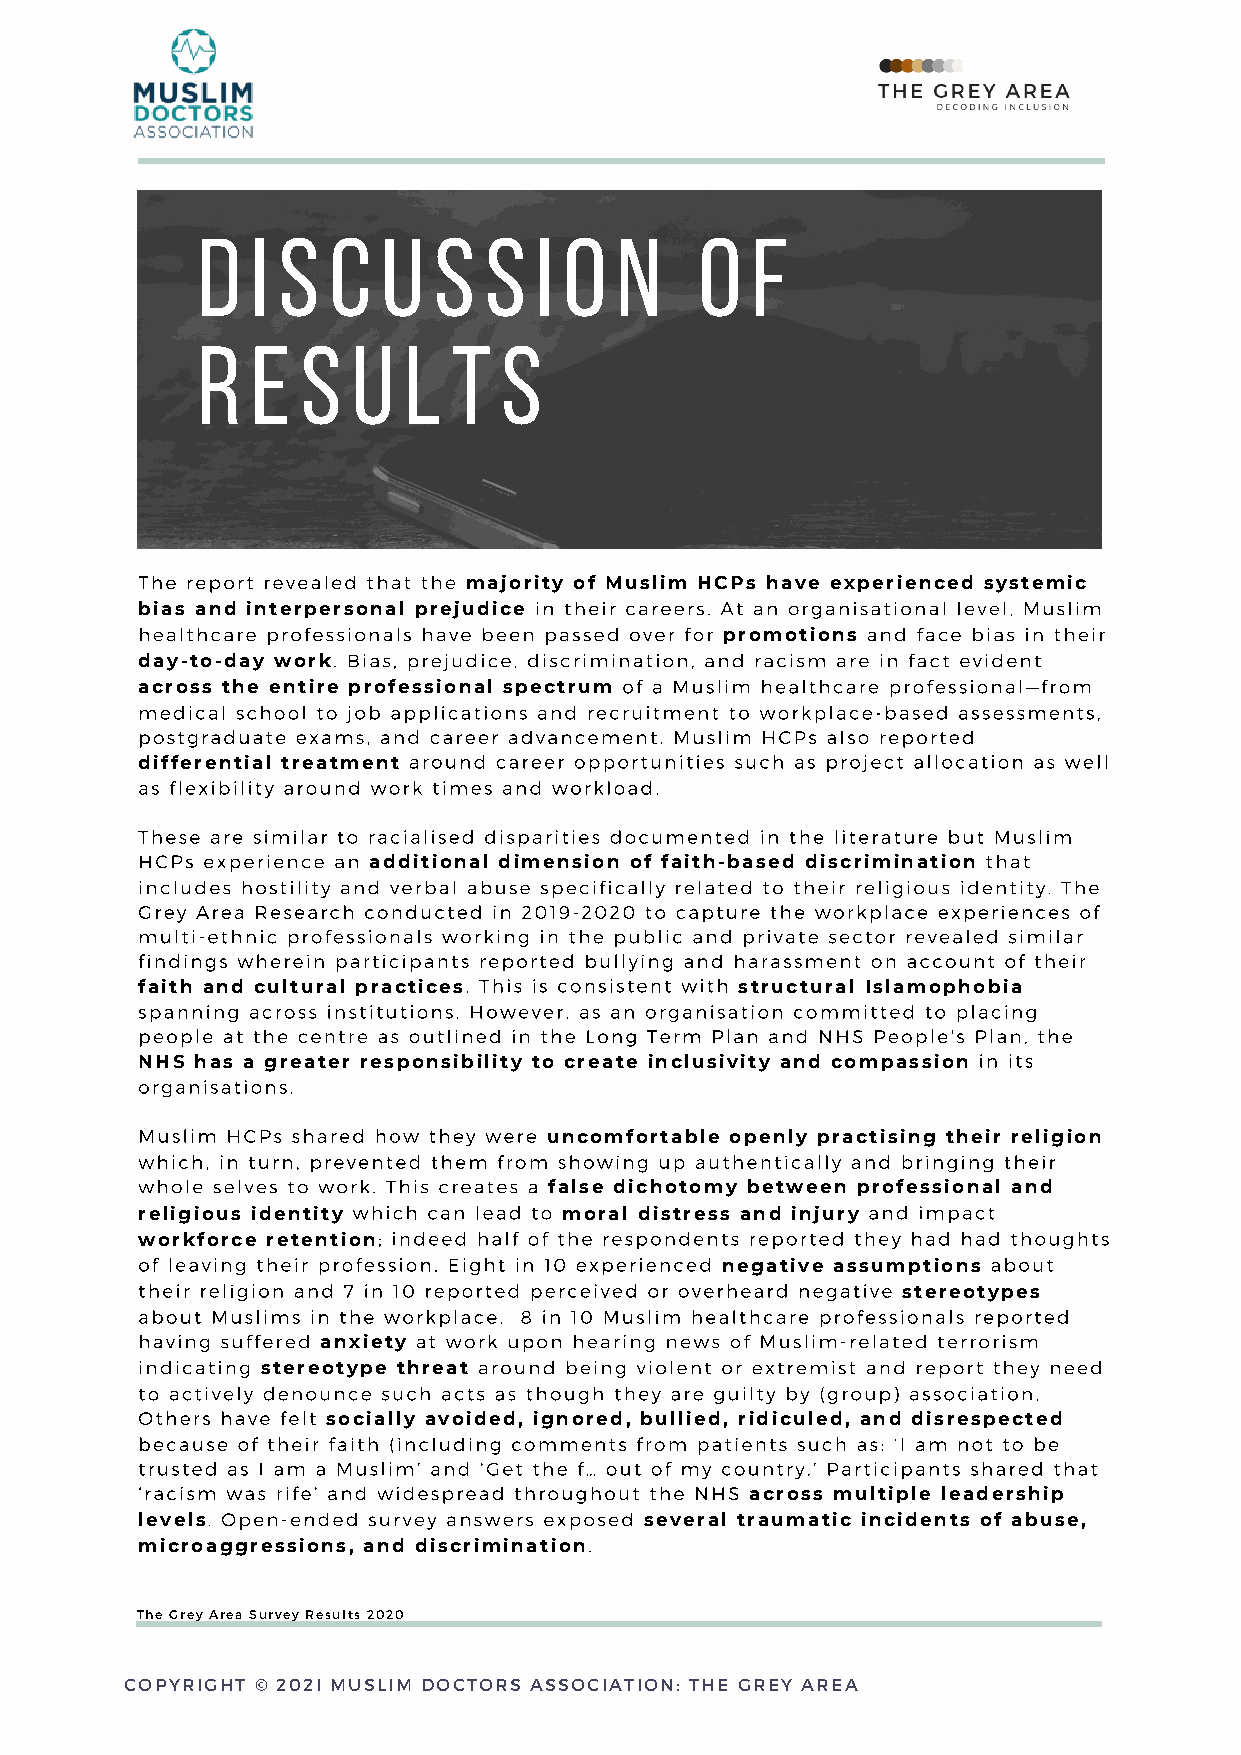
d   i s  c  u   s  s  i o   n    o   f
 r   e  s  u   l  t  s
 The report revealed that the majority of Muslim HCPs have experienced systemic
 bias and interpersonal prejudice in their careers. At an organisational level, Muslim
 healthcare professionals have been passed over for promotions and face bias in their
 day-to-day work. Bias, prejudice, discrimination, and racism are in fact evident
 across the entire professional spectrum of a Muslim healthcare professional—from
 medical school to job applications and recruitment to workplace-based assessments,
 postgraduate exams, and career advancement. Muslim HCPs also reported
 differential treatment around career opportunities such as project allocation as well
 as flexibility around work times and workload.
 These are similar to racialised disparities documented in the literature but Muslim
 HCPs experience an additional dimension of faith-based discrimination that
 includes hostility and verbal abuse specifically related to their religious identity. The
 Grey Area Research conducted in 2019-2020 to capture the workplace experiences of
 multi-ethnic professionals working in the public and private sector revealed similar
 findings wherein participants reported bullying and harassment on account of their
 faith and cultural practices. This is consistent with structural Islamophobia
 spanning across institutions. However, as an organisation committed to placing
 people at the centre as outlined in the Long Term Plan and NHS People's Plan, the
 NHS has a greater responsibility to create inclusivity and compassion in its
 organisations.
 Muslim HCPs shared how they were uncomfortable openly practising their religion
 which, in turn, prevented them from showing up authentically and bringing their
 whole selves to work. This creates a false dichotomy between professional and
 religious identity which can lead to moral distress and injury and impact
 workforce retention; indeed half of the respondents reported they had had thoughts
 of leaving their profession. Eight in 10 experienced negative assumptions about
 their religion and 7 in 10 reported perceived or overheard negative stereotypes
 about Muslims in the workplace. 8 in 10 Muslim healthcare professionals reported
 having suffered anxiety at work upon hearing news of Muslim-related terrorism
 indicating stereotype threat around being violent or extremist and report they need
 to actively denounce such acts as though they are guilty by (group) association.
 Others have felt socially avoided, ignored, bullied, ridiculed, and disrespected
 because of their faith (including comments from patients such as: ‘I am not to be
 trusted as I am a Muslim’ and ‘Get the f… out of my country.’ Participants shared that
 ‘racism was rife’ and widespread throughout the NHS across multiple leadership
 levels. Open-ended survey answers exposed several traumatic incidents of abuse,
 microaggressions, and discrimination.
 The Grey Area Survey Results 2020
 COPYRIGHT © 202I MUSLIM DOCTORS ASSOCIATION: THE GREY AREA